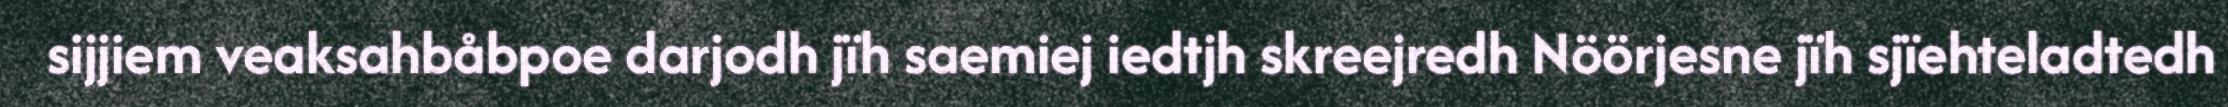
sijjiem veaksahbåbpoe darjodh jïh saemiej iedtjh skreejredh Nöörjesne jïh sjïehteladtedh